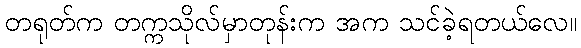
တရုတ်က တက္ကသိုလ်မှာတုန်းက အက သင်ခဲ့ရတယ်လေ။